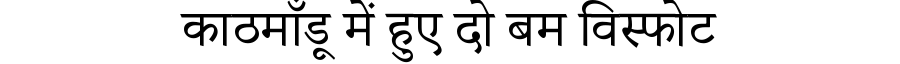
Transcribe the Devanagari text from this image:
काठमाँडू में हुए दो बम विस्फोट